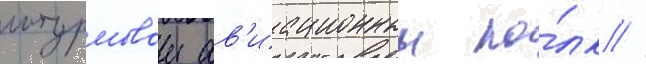
штурмовои ав'иационныи по́лк //